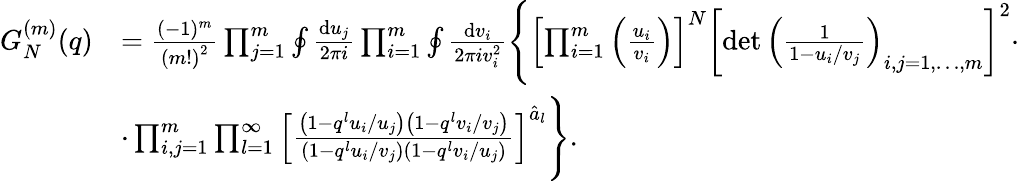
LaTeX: \begin{array}{rl}{G_{N}^{(m)}(q)}&{=\frac{(-1)^{m}}{\left(m!\right)^{2}}\prod_{j=1}^{m}\oint\frac{{\mathrm{d}}u_{j}}{2\pi i}\prod_{i=1}^{m}\oint\frac{{\mathrm{d}}v_{i}}{2\pi iv_{i}^{2}}\Bigg\{ \left[\prod_{i=1}^{m}\left(\frac{u_{i}}{v_{i}}\right)\right]^{N}\left[\operatorname*{det}\left(\frac{1}{1-u_{i}/v_{j}}\right)_{i,j=1,\dots,m}\right]^{2}\cdot}\\ &{\cdot\prod_{i,j=1}^{m}\prod_{l=1}^{\infty}\left[\frac{\left(1-q^{l}u_{i}/u_{j}\right)\left(1-q^{l}v_{i}/v_{j}\right)}{\left(1-q^{l}u_{i}/v_{j}\right)\left(1-q^{l}v_{i}/u_{j}\right)}\right]^{\hat{a}_{l}}\Bigg\} .}\end{array}